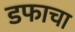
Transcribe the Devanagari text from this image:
डफाचा